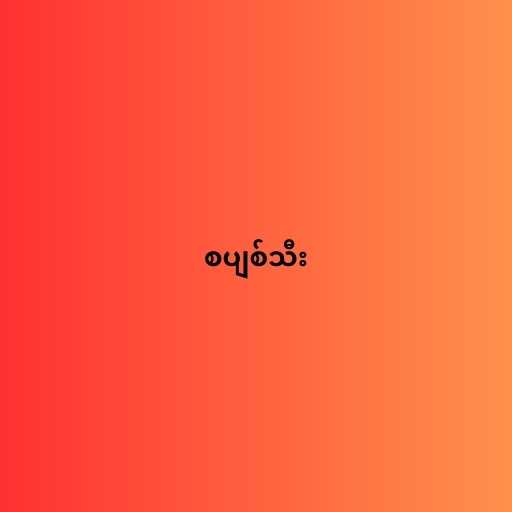
စပျစ်သီး